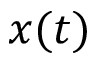
x ( t )